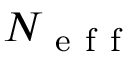
N _ { \mathrm { ~ e ~ f ~ f ~ } }